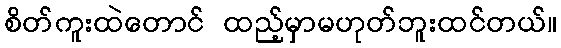
စိတ်ကူးထဲတောင် ထည့်မှာမဟုတ်ဘူးထင်တယ်။